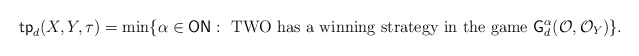
\begin{align*} \textsf{tp}_d(X,Y,\tau) = \min\{\alpha \in \textsf{ON}: \mbox{ TWO has a winning strategy in the game }\textsf{G}^{\alpha}_d(\mathcal{O},\mathcal{O}_Y)\}.\end{align*}